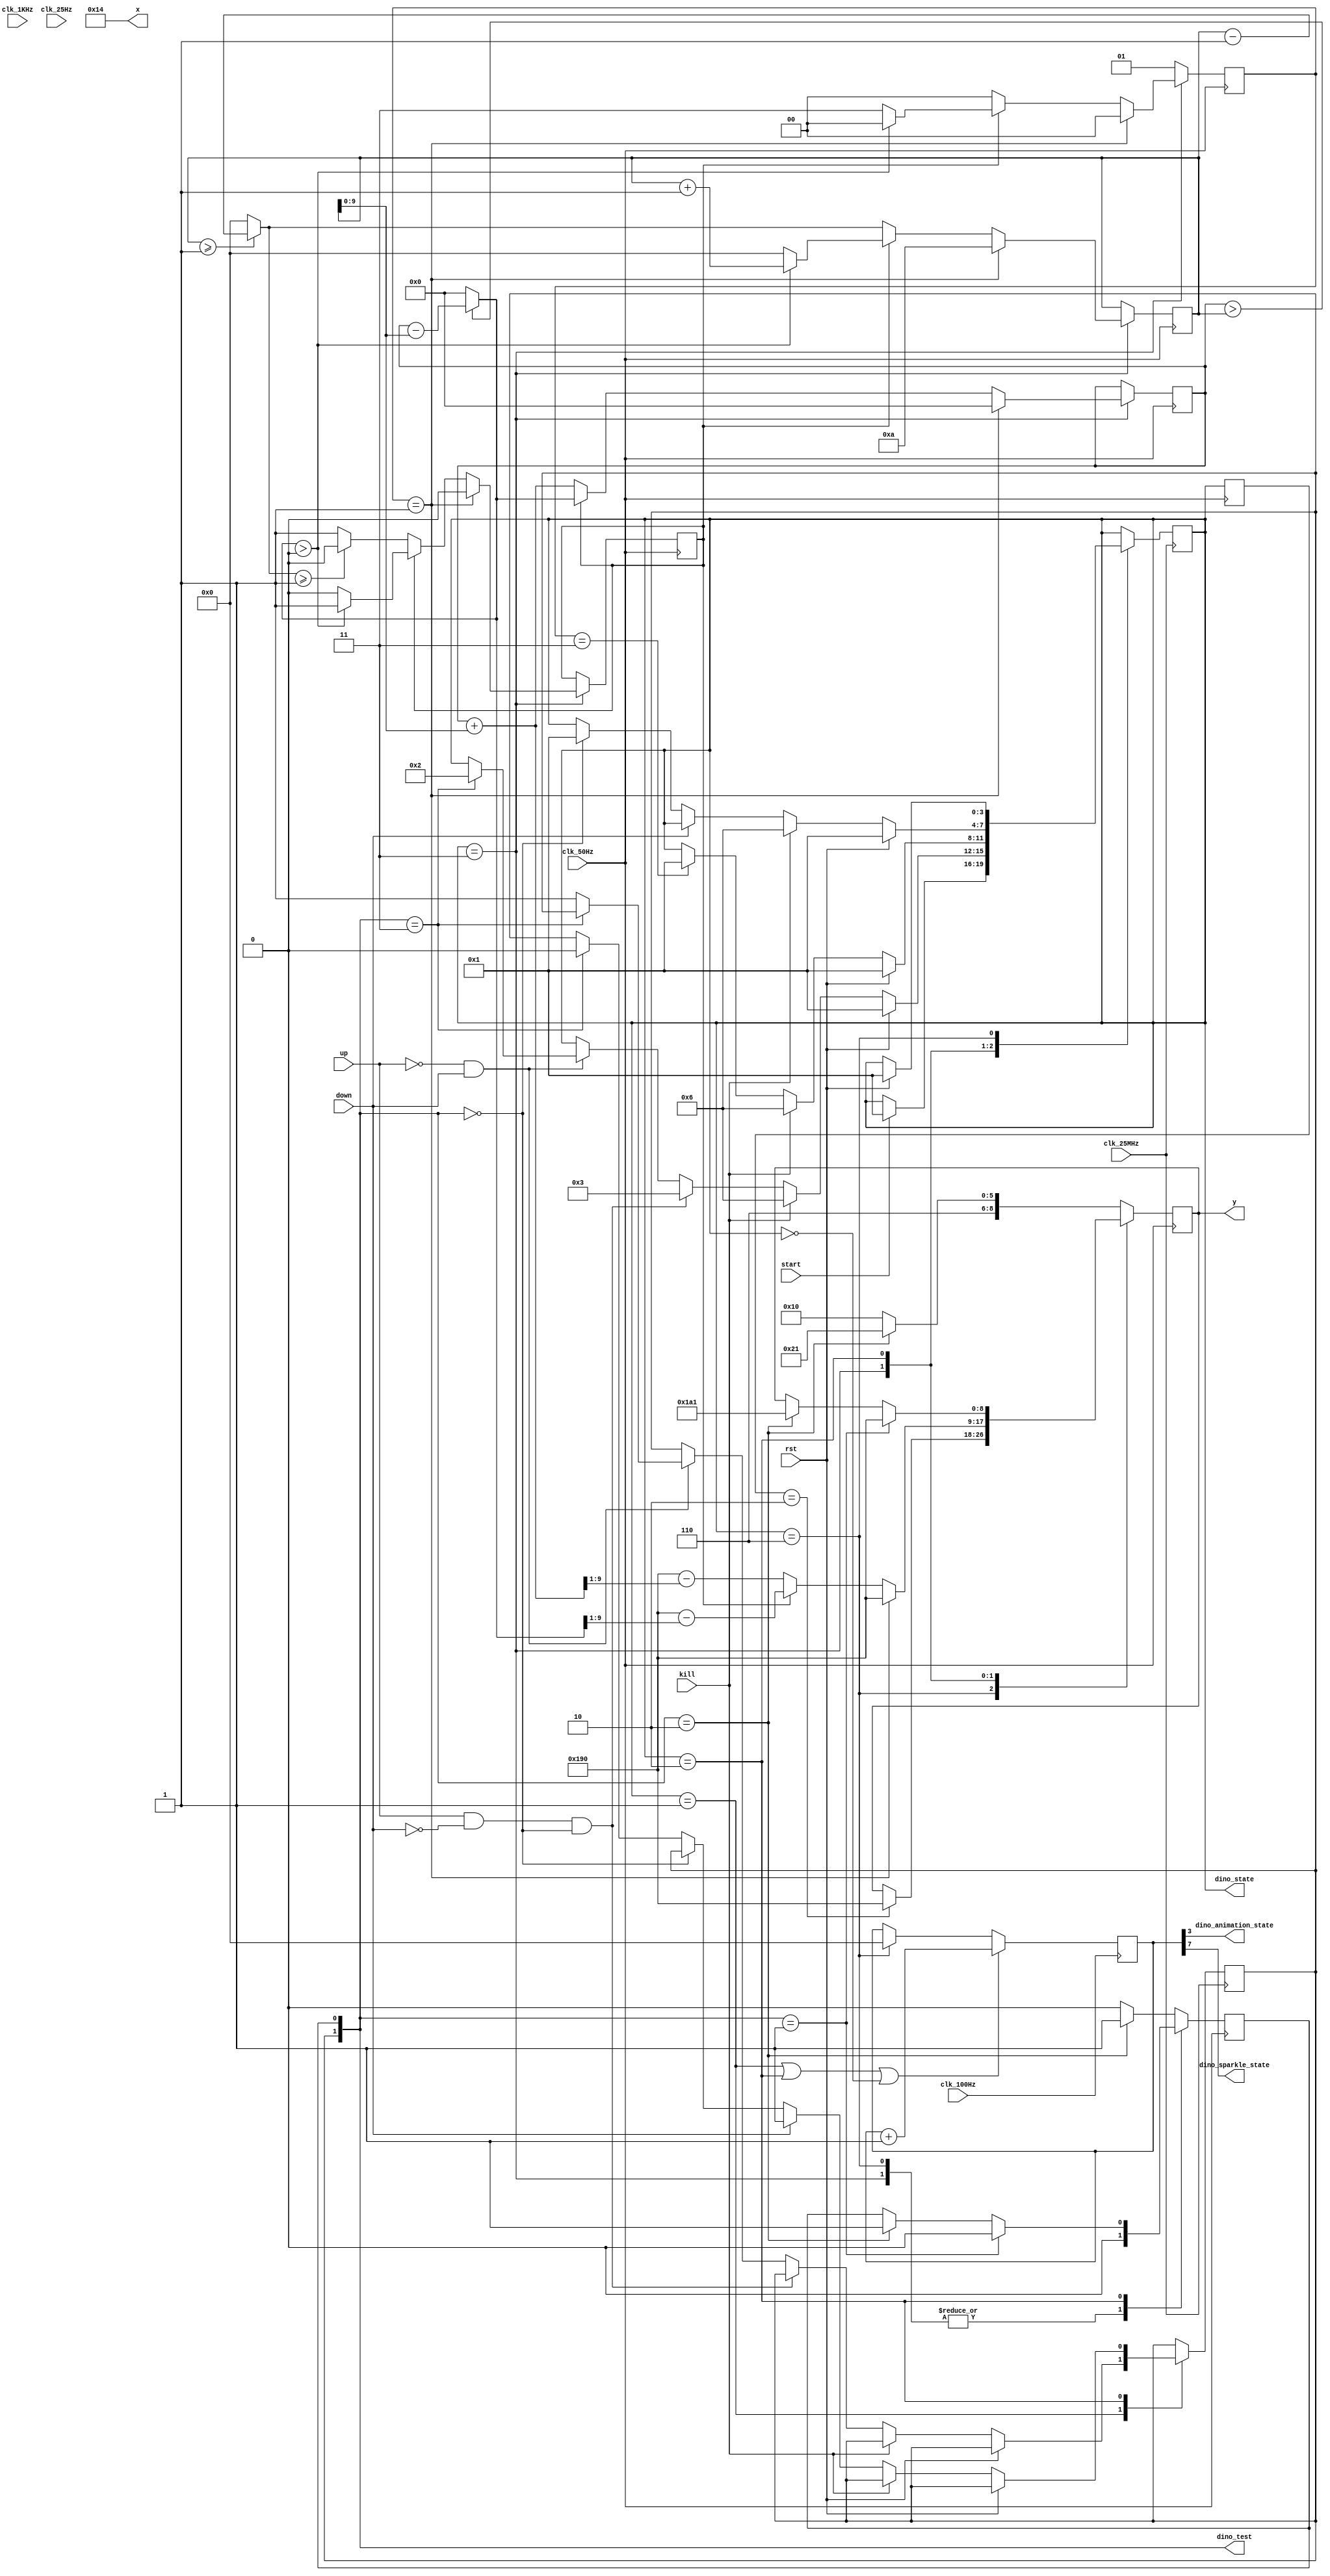
module dino(
    input wire clk_25MHz,
    input wire clk_1KHz,
    input wire clk_100Hz,
    input wire clk_50Hz,
    input wire clk_25Hz,
    input wire rst,
    input wire start,
    input wire up,
    input wire down,
    input wire kill,
    output reg [9: 0]x,
    output reg [8: 0]y, 
    output reg [3: 0]dino_state = 0, 
    output wire dino_animation_state,
    output wire dino_sparkle_state,
    output wire [1:0]dino_test
);
assign dino_test = dino_down_state;
parameter INITIAL_POS_X = 20,
          INITIAL_POS_Y = 400,
          DINO_ANIMATION_T = 3,
          DINO_SPARKLE_T = 7,
          DINO_JUMP_SPEED = 2;

initial begin 
    x = INITIAL_POS_X;
    y = INITIAL_POS_Y;
end

localparam DINO_STOP = 4'b00_00,
           DINO_RUN = 4'b00_01,
           DINO_JUMP = 4'b00_11,
           DINO_DOWN = 4'b00_10,
           DINO_DIE = 4'b01_10;

reg [31: 0]animation_count = 0;
assign dino_animation_state = animation_count[DINO_ANIMATION_T];
assign dino_sparkle_state = animation_count[DINO_SPARKLE_T];
// dino run_state
always @(posedge clk_100Hz) begin
    if(dino_state == DINO_RUN || dino_state == DINO_DOWN || dino_state == DINO_STOP)animation_count = animation_count + 1;
        else if(dino_state == DINO_DIE)animation_count = 0;
end
// dino jump or down state 
localparam DINO_DOWN_Y = INITIAL_POS_Y + 17;
localparam DINO_JUMP_NOT_OVER = 0,
           DINO_JUMP_OVER     = 3,
           DINO_JUMP_OVER_NR  = 1; 
localparam DINO_DOWN_OVER_NR = 1,
           DINO_DOWN_OVER_R = 0, 
           DINO_DOWN_R = 3,
           DINO_DOWN_NR = 2;// [1:FSM_Ctrl, 0:dino_Ctrl]
parameter DINO_G = 1,
          DINO_INITIAL_V = 10;

reg [9: 0]dino_y_jump_double = 0;
reg [31: 0]dino_v_y = 0;
reg dino_v_y_minus = 0;
reg [1: 0]dino_jump_state_over = DINO_JUMP_OVER_NR;
reg [1: 0]dino_down_state = DINO_DOWN_OVER_NR;
reg [3: 0]dino_last_state = DINO_STOP;
always @(posedge clk_50Hz) begin
    case(dino_state)
        DINO_DIE: begin
            dino_down_state[0] = 0;
            if(dino_last_state == DINO_DOWN)y = INITIAL_POS_Y;
            dino_jump_state_over = DINO_JUMP_OVER_NR;
        end
        DINO_JUMP: begin
            dino_down_state[0] = 0;
            if(dino_jump_state_over == DINO_JUMP_OVER_NR)begin
                dino_v_y = DINO_INITIAL_V;
                dino_v_y_minus = 0;
                dino_jump_state_over = DINO_JUMP_NOT_OVER;
                dino_y_jump_double = 0;
                y = INITIAL_POS_Y;
            end 
            else begin
                if(!dino_v_y_minus)begin /* dino up */
                    dino_y_jump_double = dino_y_jump_double + dino_v_y;
                    y = INITIAL_POS_Y - dino_y_jump_double[9: 1];
                    dino_v_y = (dino_v_y >= DINO_G) ? (dino_v_y - DINO_G) : 0;
                    dino_v_y_minus = (dino_v_y >= DINO_G) ? 0 : 1;
                    dino_jump_state_over = DINO_JUMP_NOT_OVER;
                end
                else begin /* dino down */
                    dino_y_jump_double = (dino_y_jump_double > dino_v_y) ? dino_y_jump_double - dino_v_y : 0; 
                    y = INITIAL_POS_Y - dino_y_jump_double[9: 1];
                    dino_v_y = (dino_y_jump_double > 0) ? (dino_v_y + DINO_G) : 0;
                    dino_v_y_minus = (dino_y_jump_double > 0) ? 1 : 0;
                    dino_jump_state_over = (dino_y_jump_double > 0) ? DINO_JUMP_NOT_OVER : DINO_JUMP_OVER;
                end
            end
        end

        DINO_DOWN: begin
            dino_jump_state_over = DINO_JUMP_OVER_NR;
            if (dino_down_state == DINO_DOWN_OVER_NR)begin
                y = INITIAL_POS_Y;
                dino_down_state[0] = 0;
            end
            else if (dino_down_state == DINO_DOWN_NR)begin
                y = DINO_DOWN_Y;
                dino_down_state[0] = 1;
            end
        end
        default: begin
            if(dino_down_state == DINO_DOWN_NR)begin
                y = DINO_DOWN_Y;
                dino_down_state[0] = 1;
            end
            else begin
                y = INITIAL_POS_Y;
                dino_down_state[0] = 0;
            end
            dino_jump_state_over = DINO_JUMP_OVER_NR;
        end
    endcase
    dino_last_state = dino_state;
end


// FSM
always @(posedge clk_25MHz) begin
    case (dino_state)
        DINO_STOP: begin
            if(start) dino_state = DINO_RUN;
        end
        DINO_RUN:  begin
            if(rst)dino_state = DINO_RUN;
            else if(kill) dino_state = DINO_DIE;
            else if((up & ~down) && dino_down_state == DINO_DOWN_OVER_R)dino_state = DINO_JUMP;
            else if(~up & down)begin
                if(dino_down_state == DINO_DOWN_R)dino_state = DINO_DOWN;
                else dino_down_state[1] = 1;
            end
        end
        DINO_JUMP: begin
            if(rst) dino_state = DINO_RUN;
            else if(kill) dino_state = DINO_DIE;
            else if(dino_jump_state_over == DINO_JUMP_OVER)dino_state = DINO_RUN;
        end
        DINO_DOWN: begin
            if(rst) dino_state = DINO_RUN;
            else if(kill) dino_state = DINO_DIE;
            else begin
                if(!down)begin
                    if(dino_down_state == DINO_DOWN_OVER_R)begin
                        dino_state = DINO_RUN;
                    end
                    else if(dino_down_state == DINO_DOWN_R)begin
                        dino_down_state[1] = 0;
                    end
                end
                else begin
                    dino_down_state[1] = 1;
                end
            end 
        end
        DINO_DIE: begin
            if(rst)dino_state = DINO_RUN;
        end
    endcase
end

endmodule